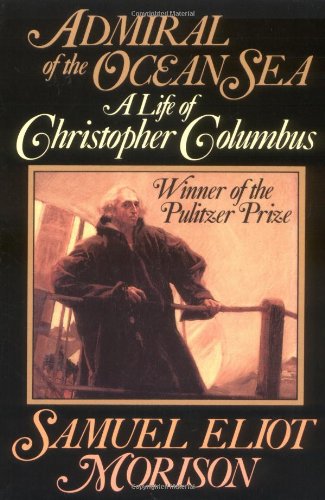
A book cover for Admiral of the Ocean Sea: A Life of Christopher Columbus; Samuel Eliot Morison; Biographies & Memoirs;